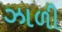
ઝાળી